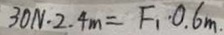
3 0 N \cdot 2 . 4 m = F _ { 1 } \cdot 0 . 6 m .